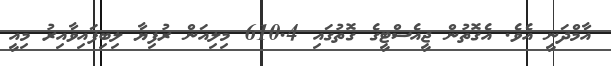
އާމްދަނީ އެވެ. އެގޮތުން ޖީއެސްޓީގެ ގޮތުގައި 610.4 މިލިއަން ރުފިޔާ ލިބިފައިވާއިރު މިއީ